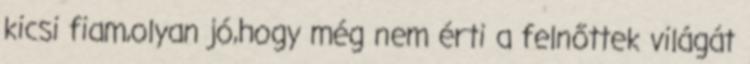
kicsi fiam,olyan jó,hogy még nem érti a felnőttek világát